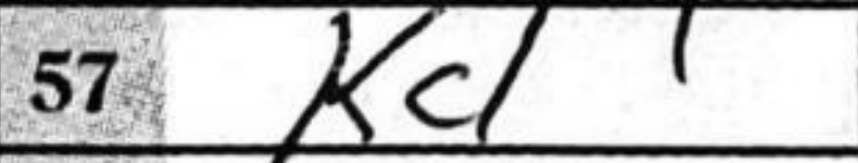
Transcription: Kc1